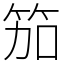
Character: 笳